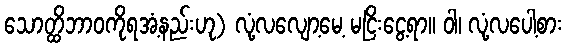
သောတ္ထိဘာဝကိုရအံ့နည်းဟု) လုံ့လလျော့မေ့ မငြိးငွေ့ရာ။ ဝါ၊ လုံ့လပေါ့စား